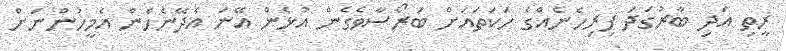
ރީތި އަދި ބާރުގަދަ ފިރިހެނެއްގެ ހަކަތައަށް ބަރޯސާވެގެން އުޅެން އޭނަ އެދޭނެހެން އެމީހުންނަށް